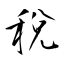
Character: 稅